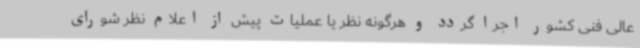
عالی فنی کشور اجرا گردد و هرگونه نظر یا عملیات پیش از اعلام نظر شورای